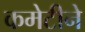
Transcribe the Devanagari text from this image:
कमेटीने